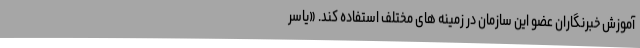
آموزش خبرنگاران عضو این سازمان در زمینه های مختلف استفاده کند. «یاسر